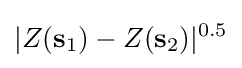
|Z(\mathbf {s} _{1})-Z(\mathbf {s} _{2})|^{0.5}